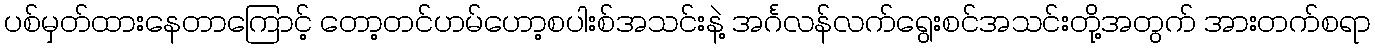
ပစ်မှတ်ထားနေတာကြောင့် တော့တင်ဟမ်ဟော့စပါးစ်အသင်းနဲ့ အင်္ဂလန်လက်ရွေးစင်အသင်းတို့အတွက် အားတက်စရာ